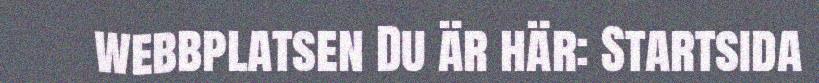
webbplatsen Du är här: Startsida